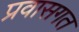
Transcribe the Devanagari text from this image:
प्रवासगत